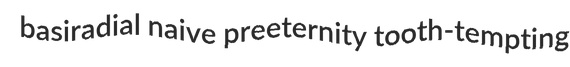
basiradial naive preeternity tooth-tempting